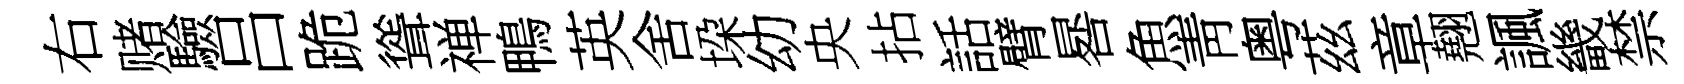
右赌驗吕跪聳禅鴨英舍垜幼央拈話臂晷魚靑粤茲章翹諷畿禁